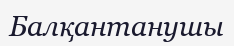
Балқантанушы